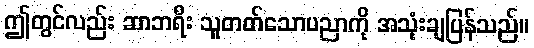
ဤတွင်လည်း ဆာဘရီး သူတတ်သောပညာကို အသုံးချပြန်သည်။